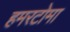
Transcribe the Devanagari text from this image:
हमरटोमा